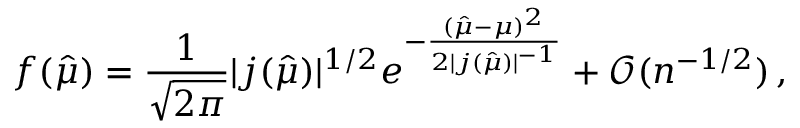
f ( \hat { \mu } ) = \frac { 1 } { \sqrt { 2 \pi } } | j ( \hat { \mu } ) | ^ { 1 / 2 } e ^ { - \frac { ( \hat { \mu } - \mu ) ^ { 2 } } { 2 | j ( \hat { \mu } ) | ^ { - 1 } } } + \mathcal { O } ( n ^ { - 1 / 2 } ) \, ,